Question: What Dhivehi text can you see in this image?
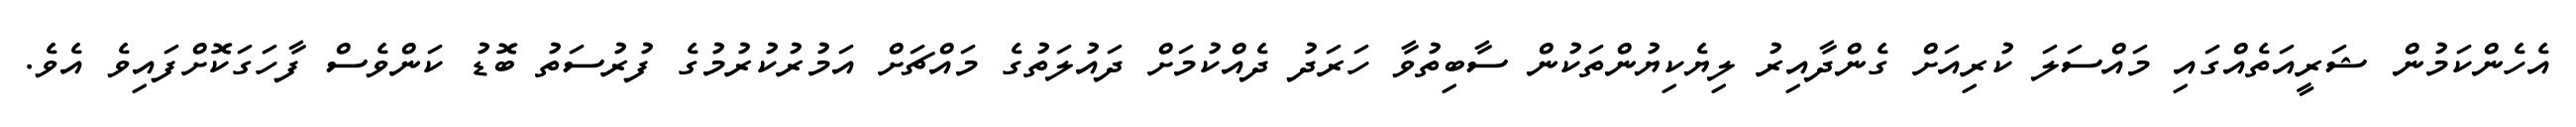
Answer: އެހެންކަމުން ޝަރީއަތެއްގައި މައްސަލަ ކުރިއަށް ގެންދާއިރު ލިޔެކިޔުންތަކުން ސާބިތުވާ ހަރަދު ދެއްކުމަށް ދައުލަތުގެ މައްޗަށް އަމުރުކުރުމުގެ ފުރުސަތު ބޮޑު ކަންވެސް ފާހަގަކޮށްފައިވެ އެވެ.